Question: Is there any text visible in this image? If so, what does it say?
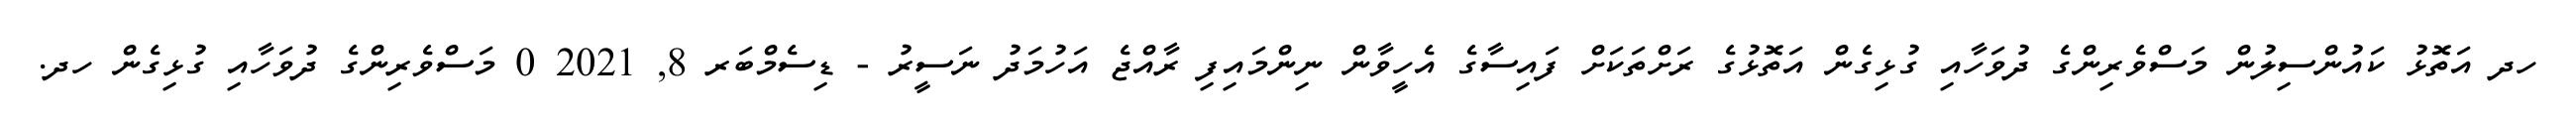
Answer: ހދ އަތޮޅު ކައުންސިލުން މަސްވެރިންގެ ދުވަހާއި ގުޅިގެން އަތޮޅުގެ ރަށްތަކަށް ފައިސާގެ އެހީވާން ނިންމައިފި ރާއްޖެ އަހުމަދު ނަސީރު - ޑިސެމްބަރ 8, 2021 0 މަސްވެރިންގެ ދުވަހާއި ގުޅިގެން ހދ.